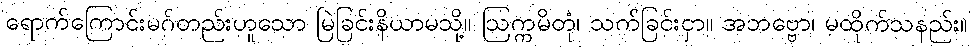
ရောက်ကြောင်းမဂ်တည်းဟူသော မြဲခြင်းနိယာမသို့။ ဩက္ကမိတုံ၊ သက်ခြင်းငှာ။ အဘဗ္ဗော၊ မထိုက်သနည်း။